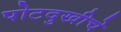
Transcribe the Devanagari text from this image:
पोटदुखीचे